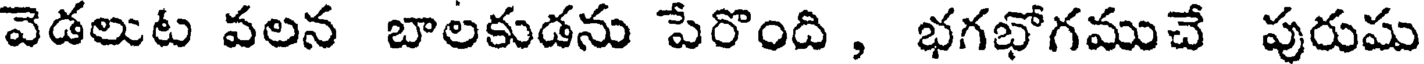
వెడలుట వలన బాలకుడను పేరొంది , భగభోగముచే పురుషు